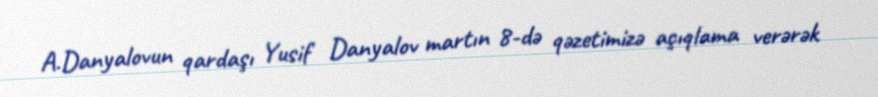
A.Danyalovun qardaşı Yusif Danyalov martın 8-də qəzetimizə açıqlama verərək